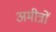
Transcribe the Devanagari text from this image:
अमीत्रों